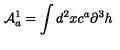
{ \cal { A } } _ { a } ^ { 1 } = \int d ^ { 2 } x c ^ { a } \partial ^ { 3 } h